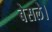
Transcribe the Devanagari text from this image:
बेसले।